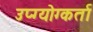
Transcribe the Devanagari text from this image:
उप्ग्योग्कर्ता